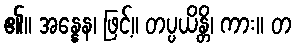
၏။ အန္နေန၊ ဖြင့်။ တပ္ပယိန္တိ၊ ကား။ တ